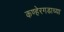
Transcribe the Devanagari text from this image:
कण्हेरगडाच्या